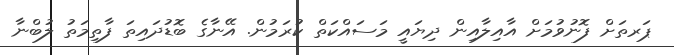
ޕަރތަށް ފޮނުވުމަށް އާއިލާއިން ދިޔައީ މަސައްކަތް ކުރަމުން. އޭނާގެ ބޮޑުދައިތަ ފާތިމަތު ލުބްނާ